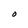
Character: O